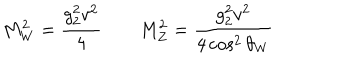
M _ { W } ^ { 2 } = { \frac { g _ { 2 } ^ { 2 } v ^ { 2 } } { 4 } } \qquad M _ { Z } ^ { 2 } = { \frac { g _ { 2 } ^ { 2 } v ^ { 2 } } { 4 \cos ^ { 2 } \theta _ { W } } }